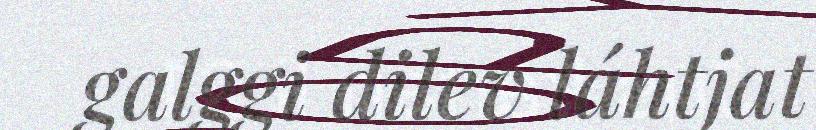
galggi dilev láhtjat